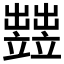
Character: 𥫋